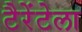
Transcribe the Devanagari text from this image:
टैरेंटेला